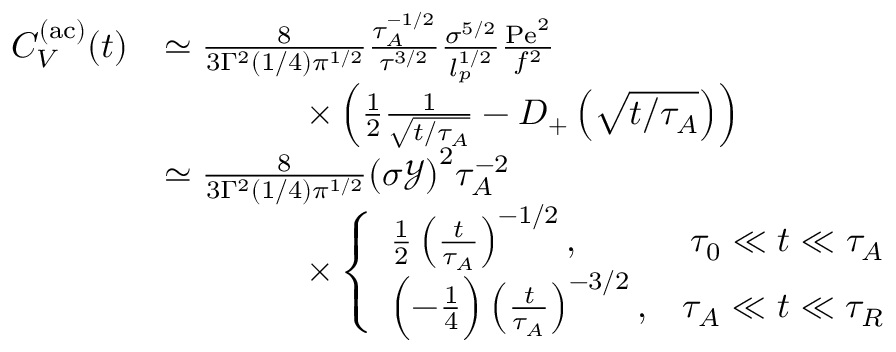
\begin{array} { r l } { C _ { V } ^ { \mathrm { ( a c ) } } ( t ) } & { \simeq \frac { 8 } { 3 \Gamma ^ { 2 } ( 1 / 4 ) { \pi } ^ { 1 / 2 } } \frac { \tau _ { A } ^ { - 1 / 2 } } { { \tau } ^ { 3 / 2 } } \frac { \sigma ^ { 5 / 2 } } { l _ { p } ^ { 1 / 2 } } \frac { \mathrm { P e } ^ { 2 } } { f ^ { 2 } } } \\ & { \qquad \qquad \times \left( \frac { 1 } { 2 } \frac { 1 } { \sqrt { t / \tau _ { A } } } - D _ { + } \left( \sqrt { t / \tau _ { A } } \right) \right) } \\ & { \simeq \frac { 8 } { 3 \Gamma ^ { 2 } ( 1 / 4 ) { \pi } ^ { 1 / 2 } } { ( \sigma \mathcal { Y } ) } ^ { 2 } \tau _ { A } ^ { - 2 } } \\ & { \qquad \qquad \times \left\{ \begin{array} { l r } { \frac { 1 } { 2 } \left( \frac { t } { \tau _ { A } } \right) ^ { - 1 / 2 } , } & { \tau _ { 0 } \ll t \ll \tau _ { A } } \\ { \Bigl ( - \frac { 1 } { 4 } \Bigr ) \left( \frac { t } { \tau _ { A } } \right) ^ { - 3 / 2 } , } & { \tau _ { A } \ll t \ll \tau _ { R } } \end{array} \right. } \end{array}